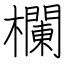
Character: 欄